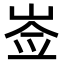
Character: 𡸃